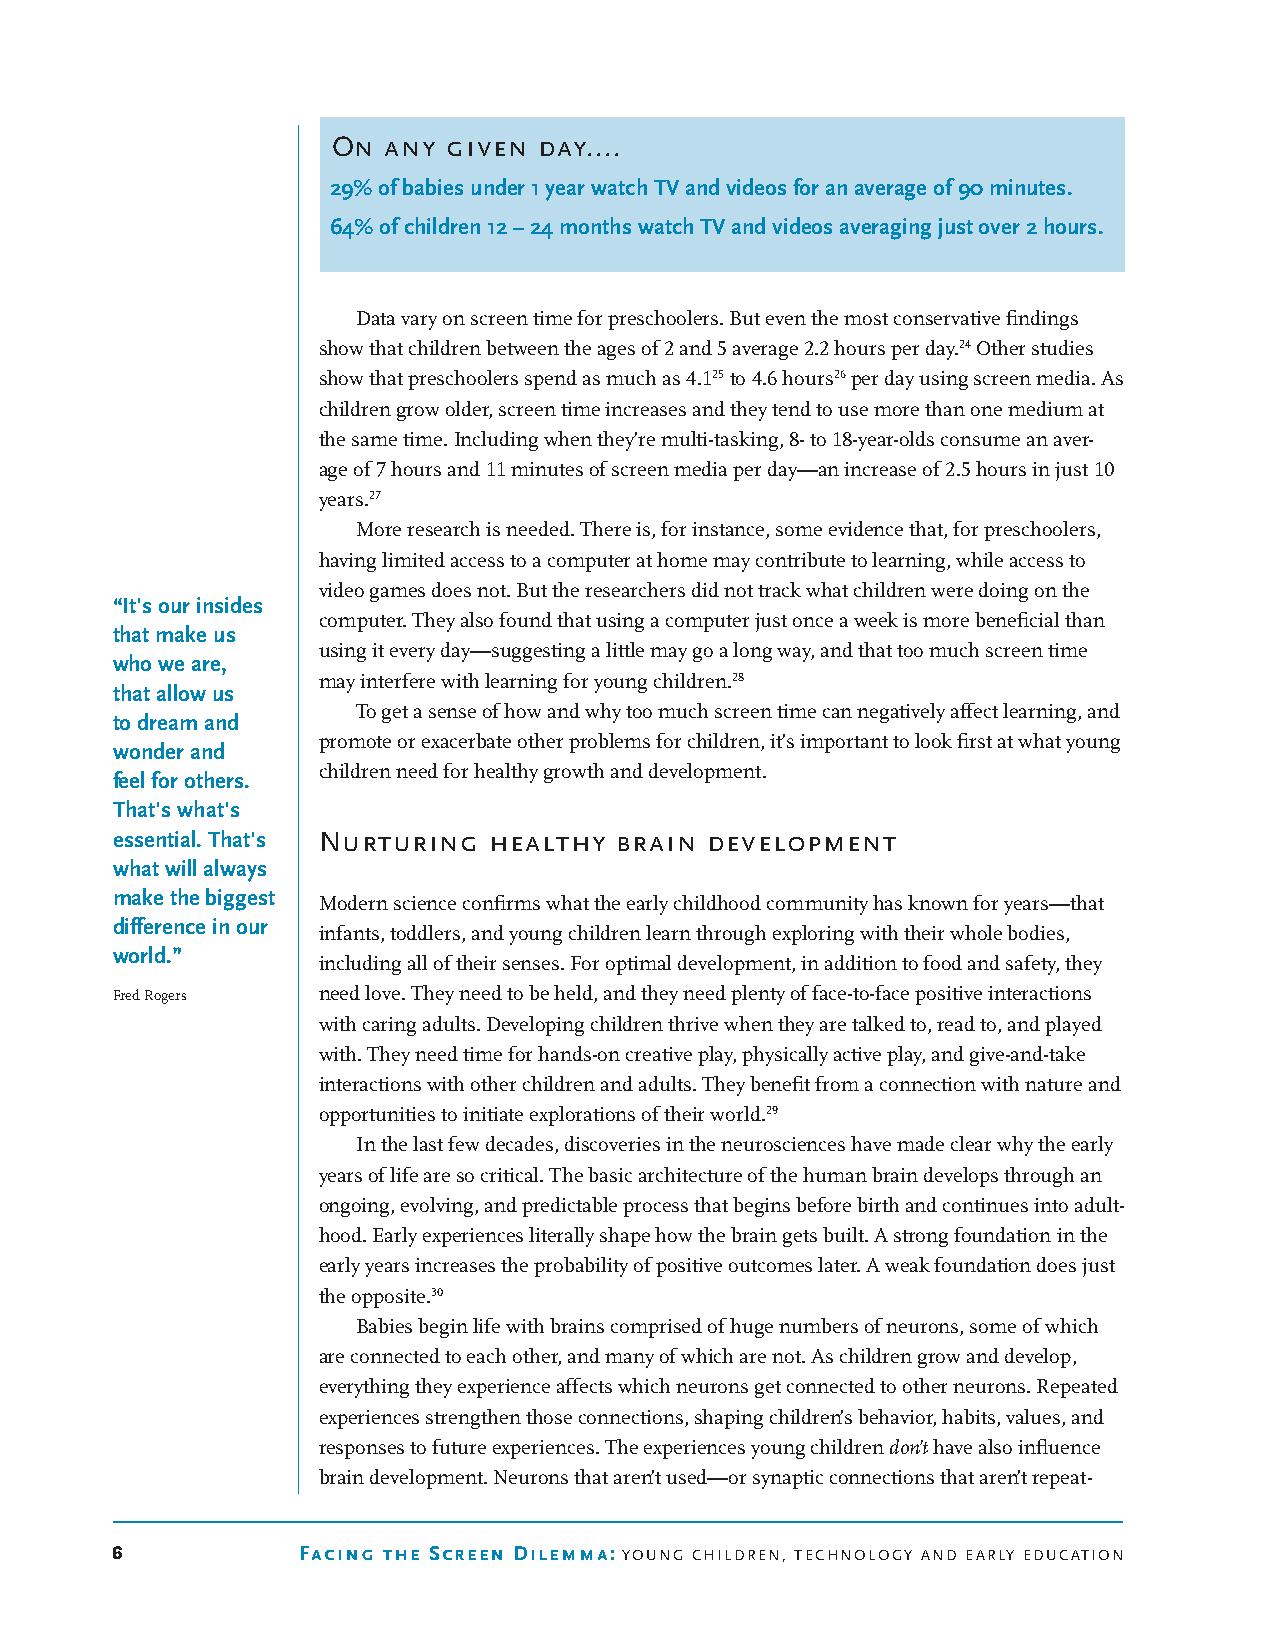
On any  given day....
 29% of babies under 1 year watch TV and videos for an average of 90 minutes.
 64% of children 12 – 24 months watch TV and videos averaging just over 2 hours.
 Data vary on screen time for preschoolers. But even the most conservative findings
 show that children between the ages of 2 and 5 average 2.2 hours per day.24 Other studies
 show that preschoolers spend as much as 4.125 to 4.6 hours26 per day using screen media. As
 children grow older, screen time increases and they tend to use more than one medium at
 the same time. Including when they’re multi-tasking, 8- to 18-year-olds consume an aver-
 age of 7 hours and 11 minutes of screen media per day—an increase of 2.5 hours in just 10
 years.27
 More research is needed. There is, for instance, some evidence that, for preschoolers,
 having limited access to a computer at home may contribute to learning, while access to
 video games does not. But the researchers did not track what children were doing on the
 “It's our insides
 computer. They also found that using a computer just once a week is more beneficial than
 that make us
 using it every day—suggesting a little may go a long way, and that too much screen time
 who we are,
 may interfere with learning for young children.28
 that allow us
 To get a sense of how and why too much screen time can negatively affect learning, and
 to dream and
 promote or exacerbate other problems for children, it’s important to look first at what young
 wonder and
 children need for healthy growth and development.
 feel for others.
 That's what's
 essential. That's Nurturing healthy brain development
 what will always
 make the biggest Modern science confirms what the early childhood community has known for years—that
 difference in our
 infants, toddlers, and young children learn through exploring with their whole bodies,
 world.”
 including all of their senses. For optimal development, in addition to food and safety, they
 Fred Rogers   need love. They need to be held, and they need plenty of face-to-face positive interactions
 with caring adults. Developing children thrive when they are talked to, read to, and played
 with. They need time for hands-on creative play, physically active play, and give-and-take
 interactions with other children and adults. They benefit from a connection with nature and
 opportunities to initiate explorations of their world.29
 In the last few decades, discoveries in the neurosciences have made clear why the early
 years of life are so critical. The basic architecture of the human brain develops through an
 ongoing, evolving, and predictable process that begins before birth and continues into adult-
 hood. Early experiences literally shape how the brain gets built. A strong foundation in the
 early years increases the probability of positive outcomes later. A weak foundation does just
 the opposite.30
 Babies begin life with brains comprised of huge numbers of neurons, some of which
 are connected to each other, and many of which are not. As children grow and develop,
 everything they experience affects which neurons get connected to other neurons. Repeated
 experiences strengthen those connections, shaping children’s behavior, habits, values, and
 responses to future experiences. The experiences young children don’t have also influence
 brain development. Neurons that aren’t used—or synaptic connections that aren’t repeat-
 6            Facing the Screen Dilemma: Young Children, TeChnologY and earlY eduCaTion